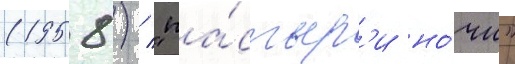
(1958) / "па́стыр'и но́чи"